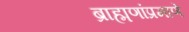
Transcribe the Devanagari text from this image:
ब्राह्मणांप्रमाणे